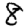
Digit: 8